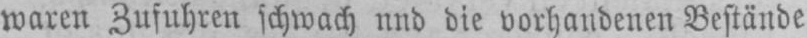
waren Zufuhren schwach und die vorhandenen Bestände